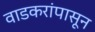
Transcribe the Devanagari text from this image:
वाडकरांपासून